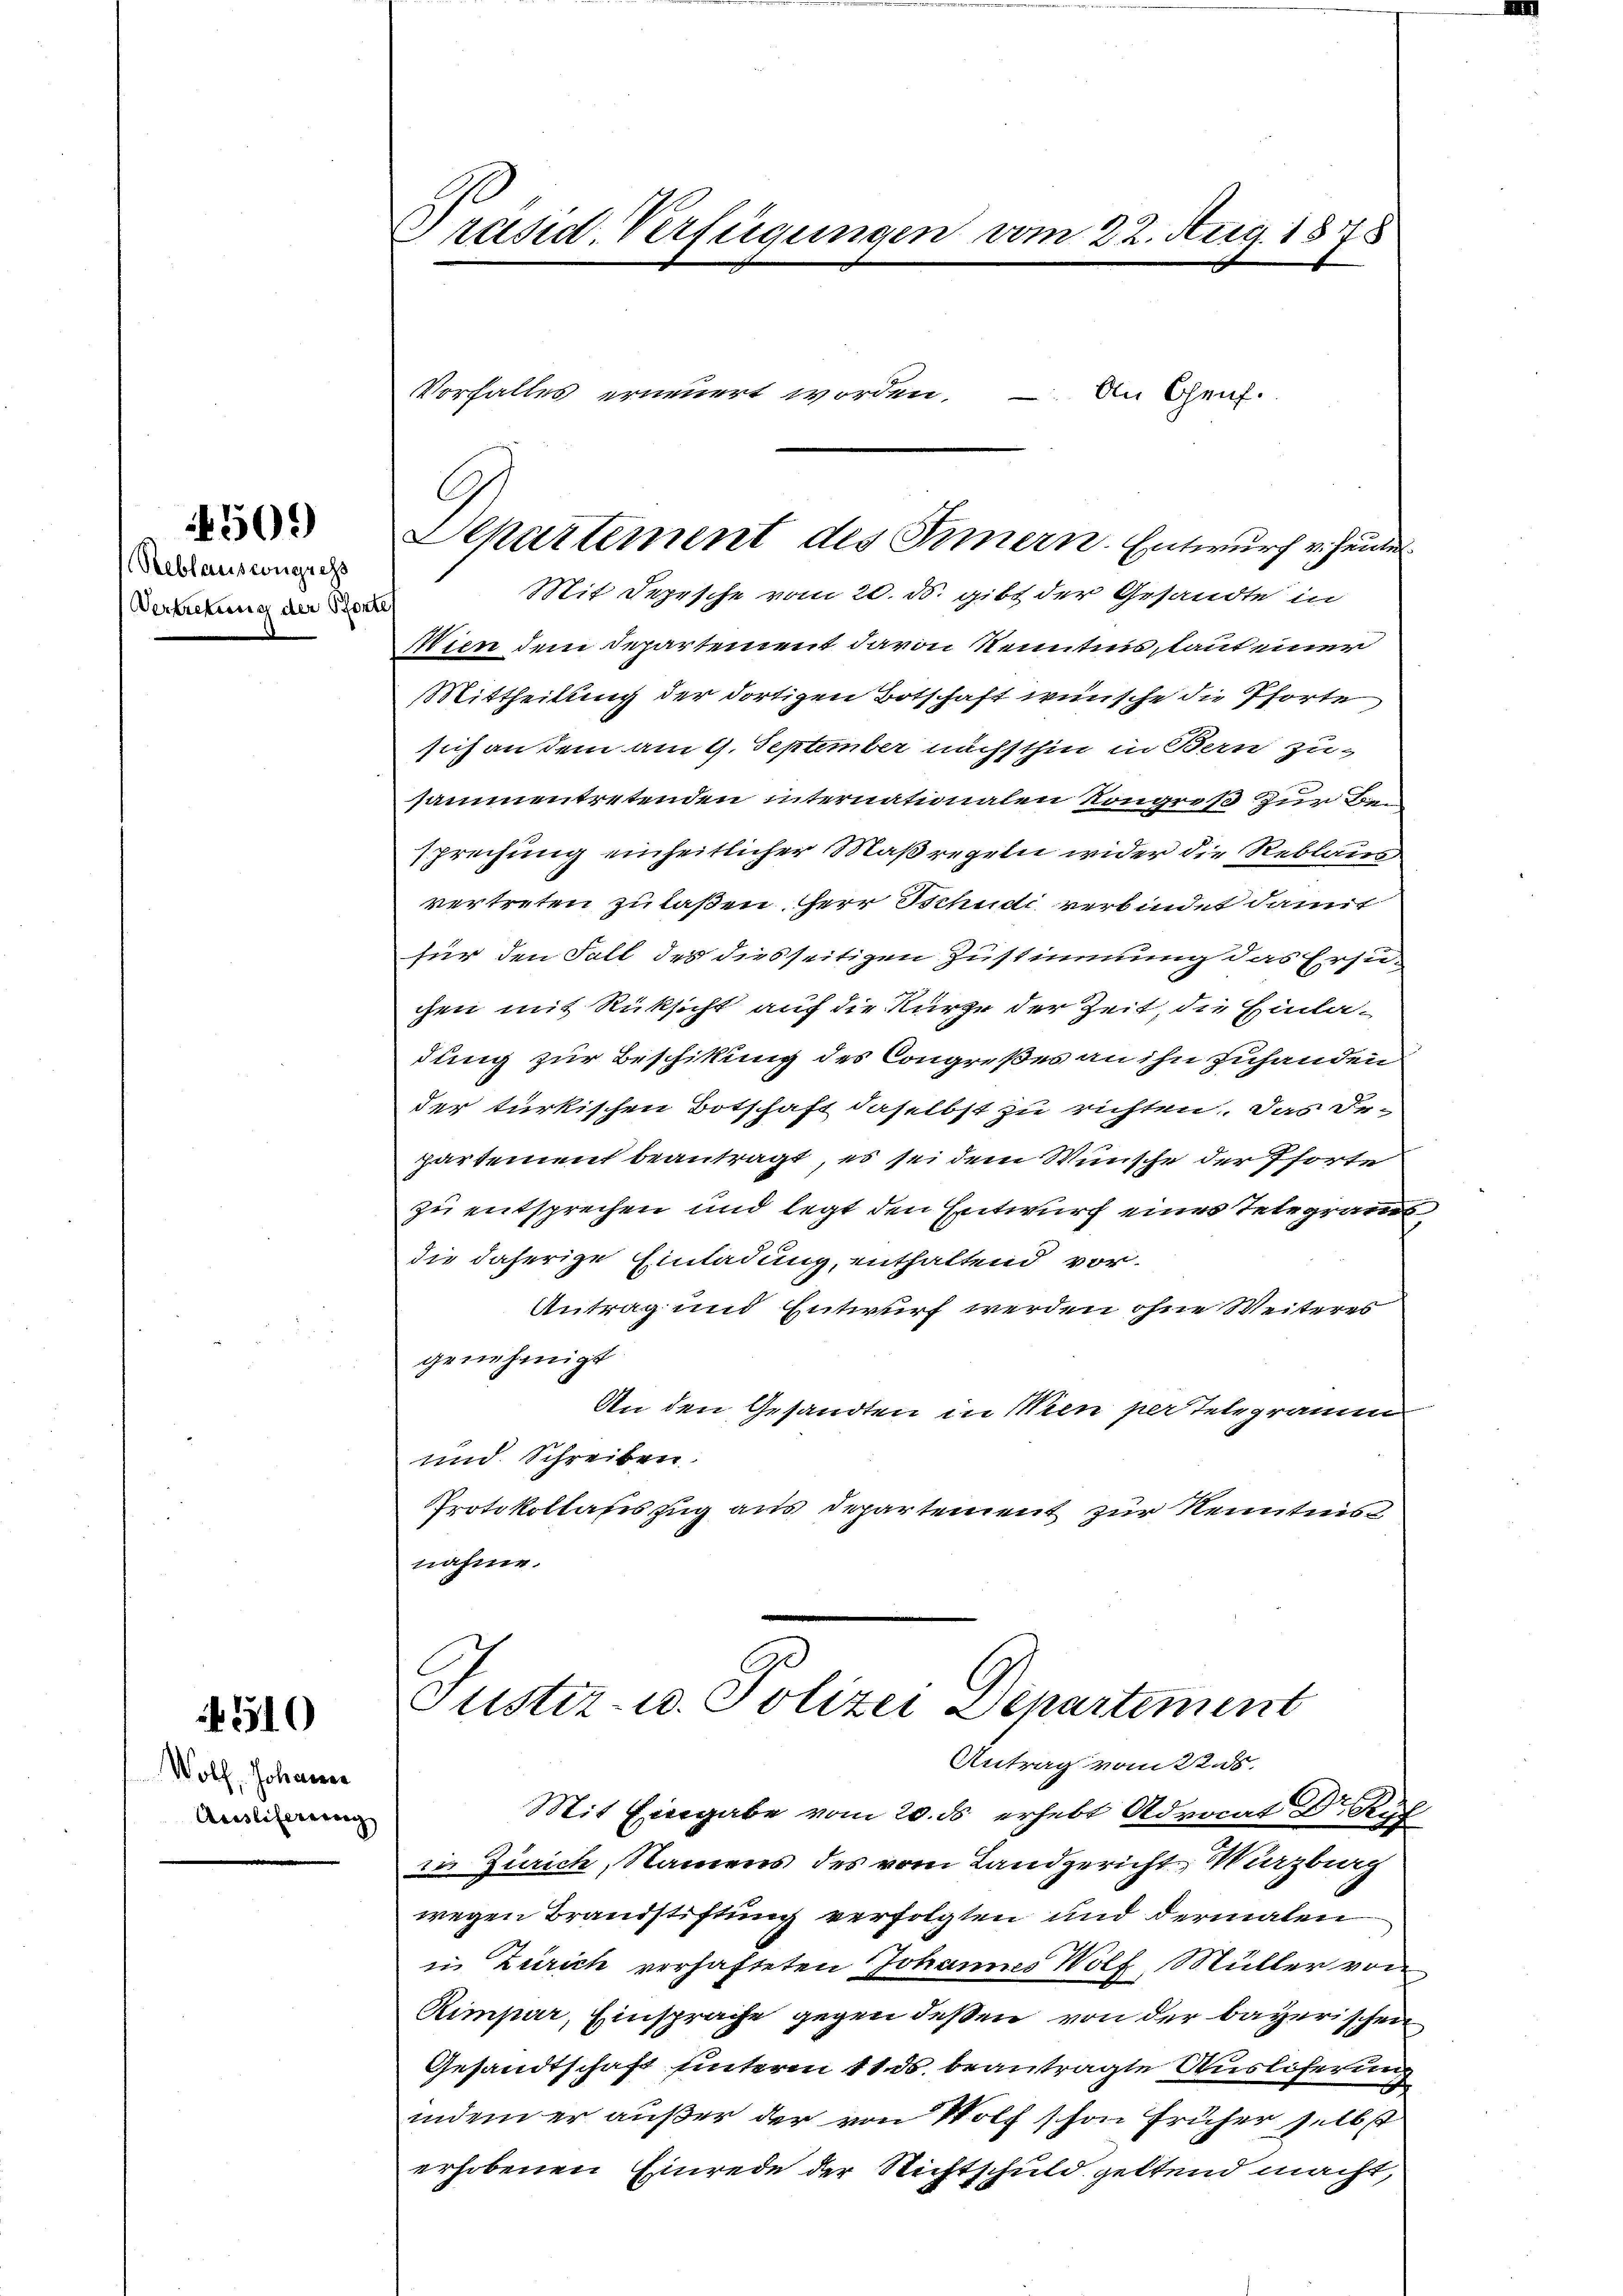
Reblauscongress
Vertretung der Port

4509

4510

Wolf, Johanne
Auslifereng

Präsid. Verfügungen vom 22. Aug. 1878

C
Separtement des Innern. Entwurf v. Heide

Mit Depesche vom 20. ds. gibt der Gesandte in
Wien dem Departement davon Kenntnis, laut einer
Mittheilung der dortigen Botschaft wünsche die Pforte
sich an dem am 9. September nächsthin in Bern zu-
sammentretenden internationalen Kongreß zur Bin
sprechung einheitlicher Maßregeln wider die Reblaus
vertreten zu laßen Herr Schudi verbindet damit
für den Fall des diesseitigen Zustimmung das Ersuchen mit Rüksicht auf die Kurze der Zeit, die Einla-
dung zur Beschikung des Congreßes an ihn zuhanden
der türkischen Botschaft daselbst zu richten. Das Departement beantragt, es sei dem Wünsche der Pforte
zu entsprechen und legt den Entwurf eines Telegramdie daherige Einladung, enthaltend vor¬
Antrag und Entwurf werden ohne Weiteres
genehmigt.
An den Gesandten in Wien per Telegramm
und. Schreiben
Protokollateszug aus Departement zur Kenntnis
nahme.
Justiz- u. Polizei Departement
Antrag vom 22. ds.
Mit Eingabe vom 20. ds erhebt Advocat Dr Ryf
in Zürich, Namens des vom Landgericht, Warzburg
wegen Brandstiftung verfolgten und dermalen
in Zürich verhafteten Johannes Wolf, Müller von
Rimpar, Einsprache gegen deßen von der bayerischen
Gesandtschaft unterm 11. ds. beantragte Ausliferung
indem er außer der von Wolf schon früher selbst
erhobenen Einrede der Nichtschuld geltend macht,

Vorfalles erneuert worden.

An Genf.